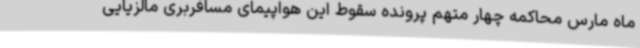
ماه مارس محاکمه چهار متهم پرونده سقوط این هواپیمای مسافربری مالزیایی